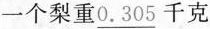
一个梨重\underline{0.305}千克